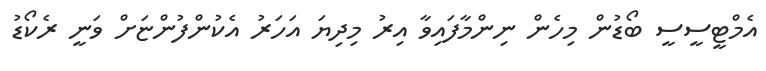
އެމްޓީސީސީ ބޯޑުން މިހެން ނިންމާފައިވާ އިރު މިދިޔަ އަހަރު އެކުންފުންޏަށް ވަނީ ރެކޯޑު